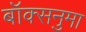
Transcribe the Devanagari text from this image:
बॉक्सनुमा